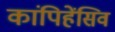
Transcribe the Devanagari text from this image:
कांपिहेंसिव